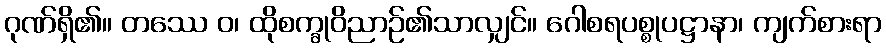
ဂုဏ်ရှိ၏။ တဿေ ဝ၊ ထိုစက္ခုဝိညာဉ်၏သာလျှင်။ ဂေါစရပစ္စုပဋ္ဌာနာ၊ ကျက်စားရာ